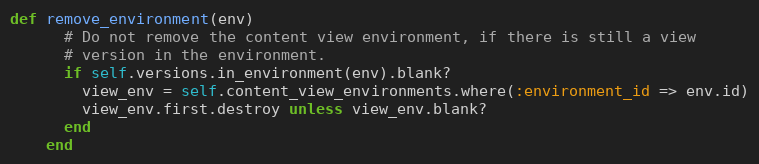
Language: Ruby
def remove_environment(env)
      # Do not remove the content view environment, if there is still a view
      # version in the environment.
      if self.versions.in_environment(env).blank?
        view_env = self.content_view_environments.where(:environment_id => env.id)
        view_env.first.destroy unless view_env.blank?
      end
    end